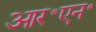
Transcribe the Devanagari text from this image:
आर॰एन॰